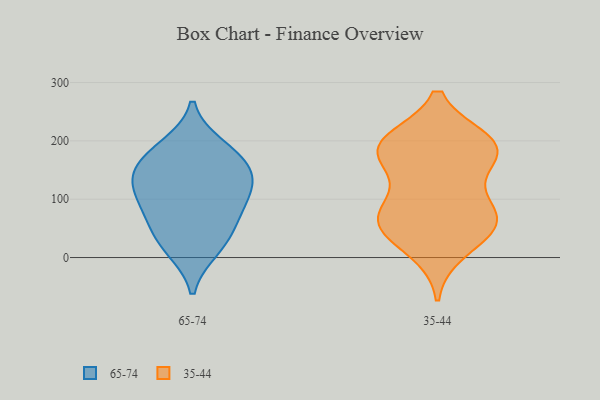
{"axis": {"x": "Shipments", "y": "Value"}, "legend": ["35-44", "65-74"], "data": [{"x": "", "y": 15, "type": "65-74"}, {"x": "", "y": 26, "type": "65-74"}, {"x": "", "y": 140, "type": "65-74"}, {"x": "", "y": 101, "type": "65-74"}, {"x": "", "y": 62, "type": "65-74"}, {"x": "", "y": 123, "type": "65-74"}, {"x": "", "y": 176, "type": "65-74"}, {"x": "", "y": 162, "type": "65-74"}, {"x": "", "y": 126, "type": "65-74"}, {"x": "", "y": 74, "type": "65-74"}, {"x": "", "y": 190, "type": "65-74"}, {"x": "", "y": 173, "type": "35-44"}, {"x": "", "y": 59, "type": "35-44"}, {"x": "", "y": 61, "type": "35-44"}, {"x": "", "y": 198, "type": "35-44"}, {"x": "", "y": 185, "type": "35-44"}, {"x": "", "y": 74, "type": "35-44"}, {"x": "", "y": 66, "type": "35-44"}, {"x": "", "y": 51, "type": "35-44"}, {"x": "", "y": 195, "type": "35-44"}, {"x": "", "y": 183, "type": "35-44"}, {"x": "", "y": 13, "type": "35-44"}, {"x": "", "y": 187, "type": "35-44"}, {"x": "", "y": 107, "type": "35-44"}]}